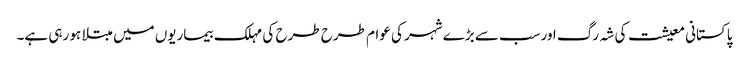
پاکستانی معیشت کی شہ رگ اورسب سے بڑے شہر کی عوام طرح طرح کی مہلک بیماریوں میں مبتلا ہو رہی ہے۔